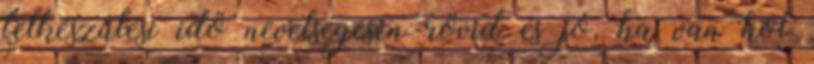
felkészülési idő nevetségesen rövid és jó, ha van hol